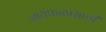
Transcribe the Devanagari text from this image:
जायफळासाठी